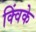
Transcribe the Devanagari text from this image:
क्विंके